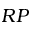
R P